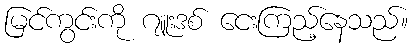
မြင်ကွင်းကို ဂျူးဒစ် ငေးကြည့်နေသည်။